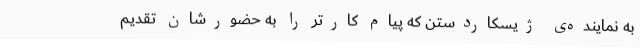
به‌ نماینده‌ی‌ ژیسکاردستن‌ که‌ پیام‌ کارتر را به‌ حضورشان‌ تقدیم‌